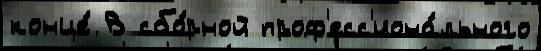
конце́ В сбо́рной проф'есс'иона́льного